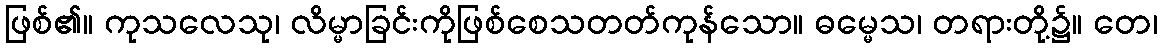
ဖြစ်၏။ ကုသလေသု၊ လိမ္မာခြင်းကိုဖြစ်စေသတတ်ကုန်သော။ ဓမ္မေသ၊ တရားတို့၌။ တေ၊